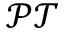
\mathcal { P T }